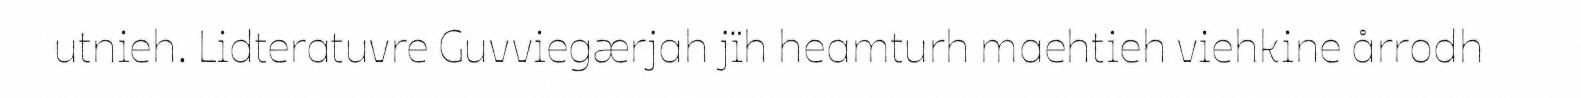
utnieh. Lidteratuvre Guvviegærjah jïh heamturh maehtieh viehkine årrodh